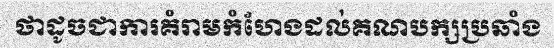
ថាដូចជាការគំរាមកំហែងដល់គណបក្សប្រឆាំង